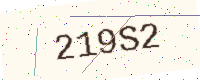
Text: 219S2